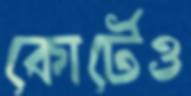
কোর্টেও